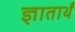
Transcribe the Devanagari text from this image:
ज्ञातार्थं